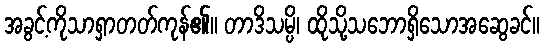
အခွင့်ကိုသာရှာတတ်ကုန်၏။ တာဒိသမ္ပိ၊ ထိုသို့သဘောရှိသောအဆွေခင်။